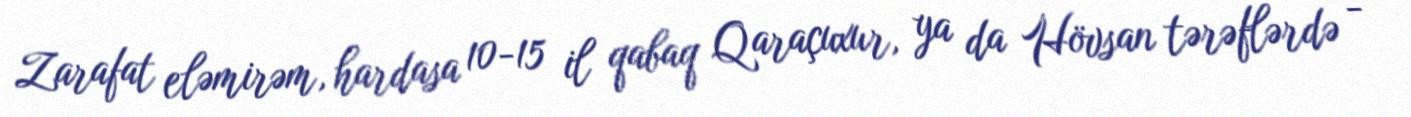
Zarafat eləmirəm, hardasa 10-15 il qabaq Qaraçuxur, ya da Hövsan tərəflərdə -